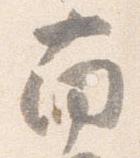
南